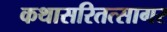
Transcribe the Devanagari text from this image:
कथासरितत्सागर